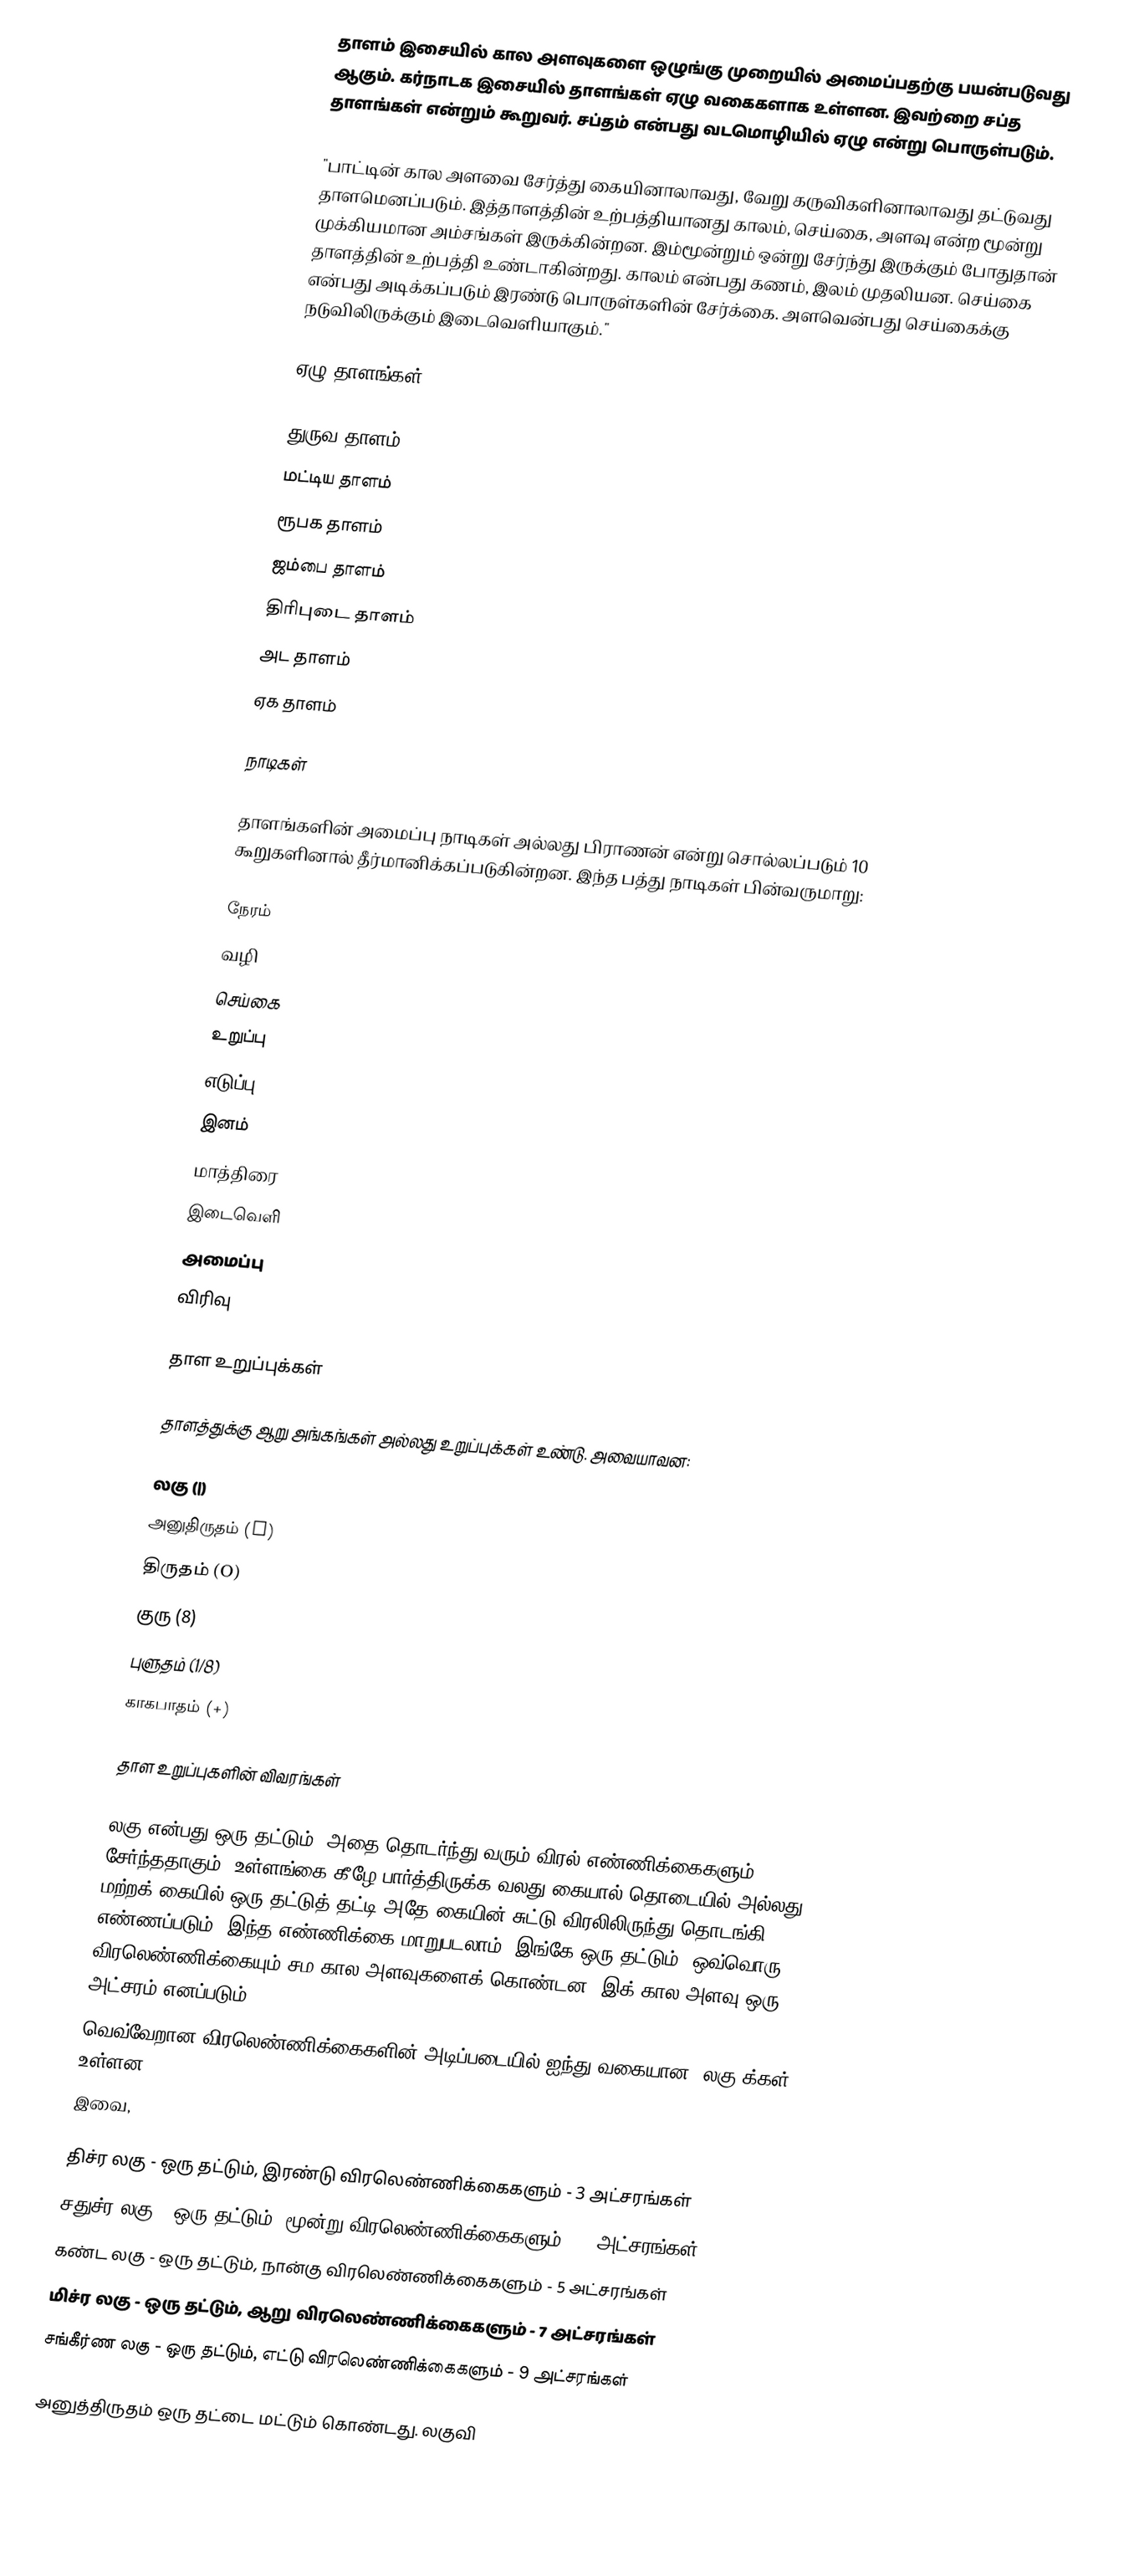
தாளம் இசையில் கால அளவுகளை ஒழுங்கு முறையில் அமைப்பதற்கு பயன்படுவது ஆகும். கர்நாடக இசையில் தாளங்கள் ஏழு வகைகளாக உள்ளன. இவற்றை சப்த தாளங்கள் என்றும் கூறுவர். சப்தம் என்பது வடமொழியில் ஏழு என்று பொருள்படும்.

"பாட்டின் கால அளவை சேர்த்து கையினாலாவது, வேறு கருவிகளினாலாவது தட்டுவது தாளமெனப்படும்.  இத்தாளத்தின் உற்பத்தியானது காலம், செய்கை, அளவு என்ற மூன்று முக்கியமான அம்சங்கள் இருக்கின்றன.  இம்மூன்றும் ஒன்று சேர்ந்து இருக்கும் போதுதான் தாளத்தின் உற்பத்தி உண்டாகின்றது.  காலம் என்பது கணம், இலம் முதலியன.  செய்கை என்பது அடிக்கப்படும் இரண்டு பொருள்களின் சேர்க்கை. அளவென்பது செய்கைக்கு நடுவிலிருக்கும் இடைவெளியாகும்."

ஏழு தாளங்கள்

 துருவ தாளம்
 மட்டிய தாளம்
 ரூபக தாளம்
 ஜம்பை தாளம்
 திரிபுடை தாளம்
 அட தாளம்
 ஏக தாளம்

நாடிகள்

தாளங்களின் அமைப்பு நாடிகள் அல்லது பிராணன் என்று சொல்லப்படும் 10 கூறுகளினால் தீர்மானிக்கப்படுகின்றன. இந்த பத்து நாடிகள் பின்வருமாறு:

 நேரம்
 வழி
 செய்கை
 உறுப்பு
 எடுப்பு
 இனம்
 மாத்திரை
 இடைவெளி
 அமைப்பு
 விரிவு

தாள உறுப்புக்கள்

தாளத்துக்கு ஆறு அங்கங்கள் அல்லது உறுப்புக்கள் உண்டு. அவையாவன:

 லகு          (|)
 அனுதிருதம்  (U)
 திருதம்       (O)
 குரு         (8)
 புளுதம்      (1/8)
 காகபாதம்    (+)

தாள உறுப்புகளின் விவரங்கள்

லகு என்பது ஒரு தட்டும், அதை தொடர்ந்து வரும் விரல் எண்ணிக்கைகளும் சேர்ந்ததாகும். உள்ளங்கை கீழே பார்த்திருக்க வலது கையால் தொடையில் அல்லது மற்றக் கையில் ஒரு தட்டுத் தட்டி அதே கையின் சுட்டு விரலிலிருந்து தொடங்கி எண்ணப்படும். இந்த எண்ணிக்கை மாறுபடலாம். இங்கே ஒரு தட்டும், ஒவ்வொரு விரலெண்ணிக்கையும் சம கால அளவுகளைக் கொண்டன. இக் கால அளவு ஒரு அட்சரம் எனப்படும்.
வெவ்வேறான விரலெண்ணிக்கைகளின் அடிப்படையில் ஐந்து வகையான "லகு"க்கள் உள்ளன.
இவை,

 திச்ர லகு       - ஒரு தட்டும், இரண்டு விரலெண்ணிக்கைகளும் - 3 அட்சரங்கள்
 சதுச்ர லகு      - ஒரு தட்டும், மூன்று விரலெண்ணிக்கைகளும்  - 4 அட்சரங்கள்
 கண்ட லகு      - ஒரு தட்டும், நான்கு விரலெண்ணிக்கைகளும்  - 5 அட்சரங்கள்
 மிச்ர லகு       - ஒரு தட்டும், ஆறு விரலெண்ணிக்கைகளும்   - 7 அட்சரங்கள்
 சங்கீர்ண லகு    - ஒரு தட்டும், எட்டு விரலெண்ணிக்கைகளும்   - 9 அட்சரங்கள்

அனுத்திருதம் ஒரு தட்டை மட்டும் கொண்டது. லகுவி